Civil Veterinary Dept. North-West Frontier Province 1901-22 - 1901-1922
Year: 1901
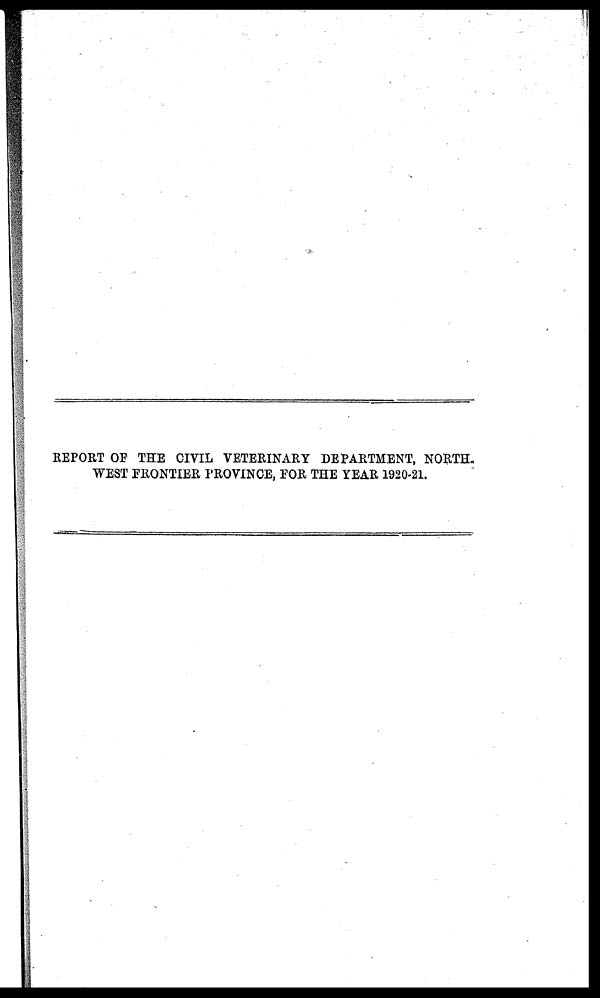
REPORT OF THE CIVIL VETERINARY DEPARTMENT, NORTH¬
WEST FRONTIER PROVINCE, FOR THE YEAR 1920-21.